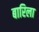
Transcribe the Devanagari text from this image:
बारिला